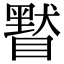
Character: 𥊷